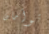
توأمان